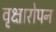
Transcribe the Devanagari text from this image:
वृक्षारोपन